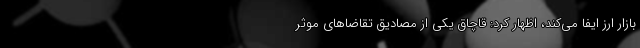
بازار ارز ایفا می‌کند، اظهار کرد: قاچاق یکی از مصادیق تقاضاهای موثر